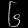
Digit: ၆